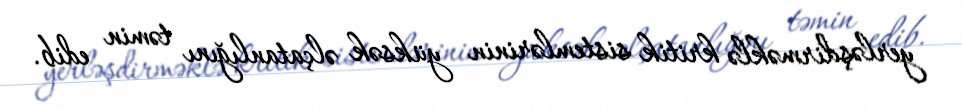
yerləşdirməklə kritik sistemlərinin yüksək əlçatanlığını təmin edib.